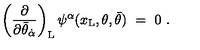
\left( { \frac { \partial } { \partial \bar { \theta } _ { \dot { \alpha } } } } \right) _ { \mathrm { L } } \psi ^ { \alpha } ( x _ { \mathrm { L } } , \theta , \bar { \theta } ) \ = \ 0 \ .